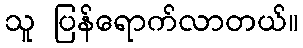
သူ ပြန်ရောက်လာတယ်။